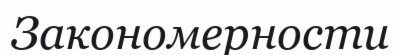
Закономерности